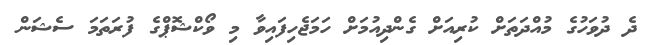
ދެ ދުވަހުގެ މުއްދަތަށް ކުރިއަށް ގެންދިއުމަށް ހަމަޖެހިފައިވާ މި ވޯކްޝޮޕްގެ ފުރަތަމަ ސެޝަން